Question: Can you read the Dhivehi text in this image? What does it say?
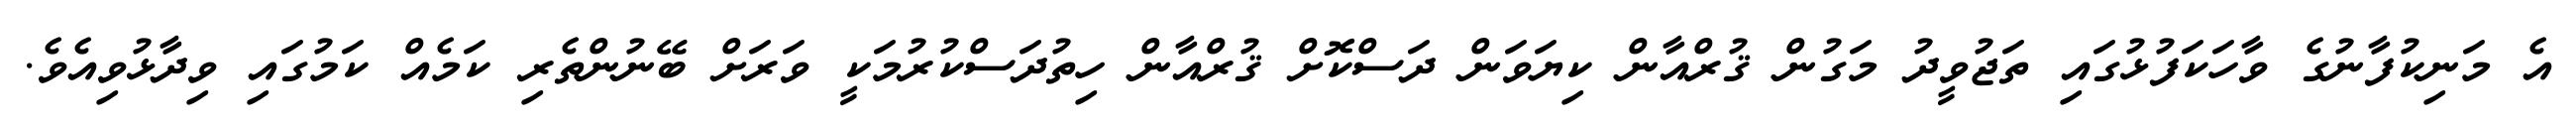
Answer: އެ މަނިކުފާނުގެ ވާހަކަފުޅުގައި ތަޖުވީދު މަގުން ޤުރްއާން ކިޔަވަން ދަސްކޮށް ޤުރްއާން ހިތުދަސްކުރުމަކީ ވަރަށް ބޭނުންތެރި ކަމެއް ކަމުގައި ވިދާޅުވިއެވެ.